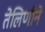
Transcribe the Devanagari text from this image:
तेलिणीने